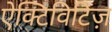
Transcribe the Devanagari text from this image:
ऐक्टिविटिज़